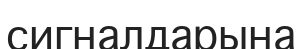
сигналдарына